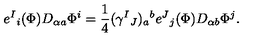
e ^ { I } { } _ { i } ( \Phi ) D _ { \alpha a } \Phi ^ { i } = { \frac { 1 } { 4 } } ( \gamma ^ { I } { } _ { J } ) _ { a } { } ^ { b } e ^ { J } { } _ { j } ( \Phi ) D _ { \alpha b } \Phi ^ { j } .